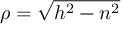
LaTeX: \textstyle \rho = { \sqrt { h ^ { 2 } - n ^ { 2 } } }